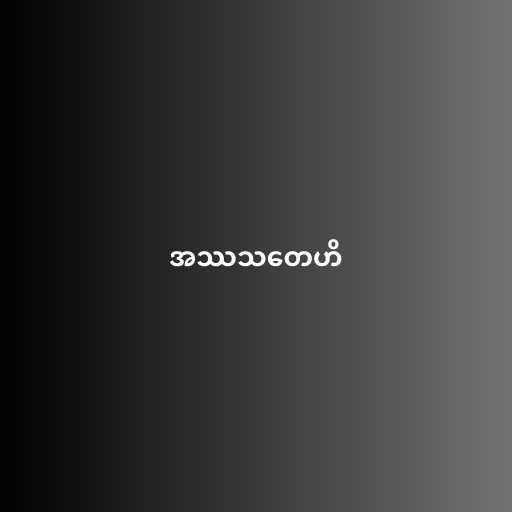
အဿသတေဟိ